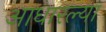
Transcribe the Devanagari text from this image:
आधारल्या